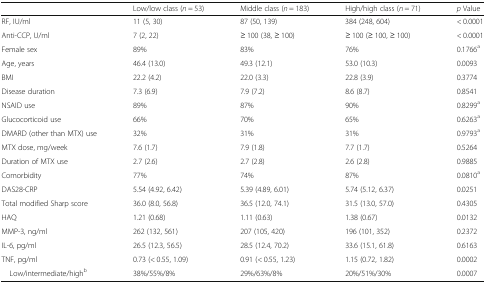
<table><thead><tr><td></td><td><b>Low/low class (<i>n</i> = 53)</b></td><td><b>Middle class (<i>n</i> = 183)</b></td><td><b>High/high class (<i>n</i> = 71)</b></td><td><b><i>p</i> Value</b></td></tr></thead><tbody><tr><td>RF, IU/ml</td><td>11 (5, 30)</td><td>87 (50, 139)</td><td>384 (248, 604)</td><td>&lt; 0.0001</td></tr><tr><td>Anti-CCP, U/ml</td><td>7 (2, 22)</td><td>≥ 100 (38, ≥ 100)</td><td>≥ 100 (≥ 100, ≥ 100)</td><td>&lt; 0.0001</td></tr><tr><td>Female sex</td><td>89%</td><td>83%</td><td>76%</td><td>0.1766<sup>a</sup></td></tr><tr><td>Age, years</td><td>46.4 (13.0)</td><td>49.3 (12.1)</td><td>53.0 (10.3)</td><td>0.0093</td></tr><tr><td>BMI</td><td>22.2 (4.2)</td><td>22.0 (3.3)</td><td>22.8 (3.9)</td><td>0.3774</td></tr><tr><td>Disease duration</td><td>7.3 (6.9)</td><td>7.9 (7.2)</td><td>8.6 (8.7)</td><td>0.8541</td></tr><tr><td>NSAID use</td><td>89%</td><td>87%</td><td>90%</td><td>0.8299<sup>a</sup></td></tr><tr><td>Glucocorticoid use</td><td>66%</td><td>70%</td><td>65%</td><td>0.6263<sup>a</sup></td></tr><tr><td>DMARD (other than MTX) use</td><td>32%</td><td>31%</td><td>31%</td><td>0.9793<sup>a</sup></td></tr><tr><td>MTX dose, mg/week</td><td>7.6 (1.7)</td><td>7.9 (1.8)</td><td>7.7 (1.7)</td><td>0.5264</td></tr><tr><td>Duration of MTX use</td><td>2.7 (2.6)</td><td>2.7 (2.8)</td><td>2.6 (2.8)</td><td>0.9885</td></tr><tr><td>Comorbidity</td><td>77%</td><td>74%</td><td>87%</td><td>0.0810<sup>a</sup></td></tr><tr><td>DAS28-CRP</td><td>5.54 (4.92, 6.42)</td><td>5.39 (4.89, 6.01)</td><td>5.74 (5.12, 6.37)</td><td>0.0251</td></tr><tr><td>Total modified Sharp score</td><td>36.0 (8.0, 56.8)</td><td>36.5 (12.0, 74.1)</td><td>31.5 (13.0, 57.0)</td><td>0.4305</td></tr><tr><td>HAQ</td><td>1.21 (0.68)</td><td>1.11 (0.63)</td><td>1.38 (0.67)</td><td>0.0132</td></tr><tr><td>MMP-3, ng/ml</td><td>262 (132, 561)</td><td>207 (105, 420)</td><td>196 (101, 352)</td><td>0.2372</td></tr><tr><td>IL-6, pg/ml</td><td>26.5 (12.3, 56.5)</td><td>28.5 (12.4, 70.2)</td><td>33.6 (15.1, 61.8)</td><td>0.6163</td></tr><tr><td>TNF, pg/ml</td><td>0.73 (&lt; 0.55, 1.09)</td><td>0.91 (&lt; 0.55, 1.23)</td><td>1.15 (0.72, 1.82)</td><td>0.0002</td></tr><tr><td> Low/intermediate/high<sup>b</sup></td><td>38%/55%/8%</td><td>29%/63%/8%</td><td>20%/51%/30%</td><td>0.0007</td></tr></tbody></table>